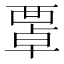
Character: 𧟻